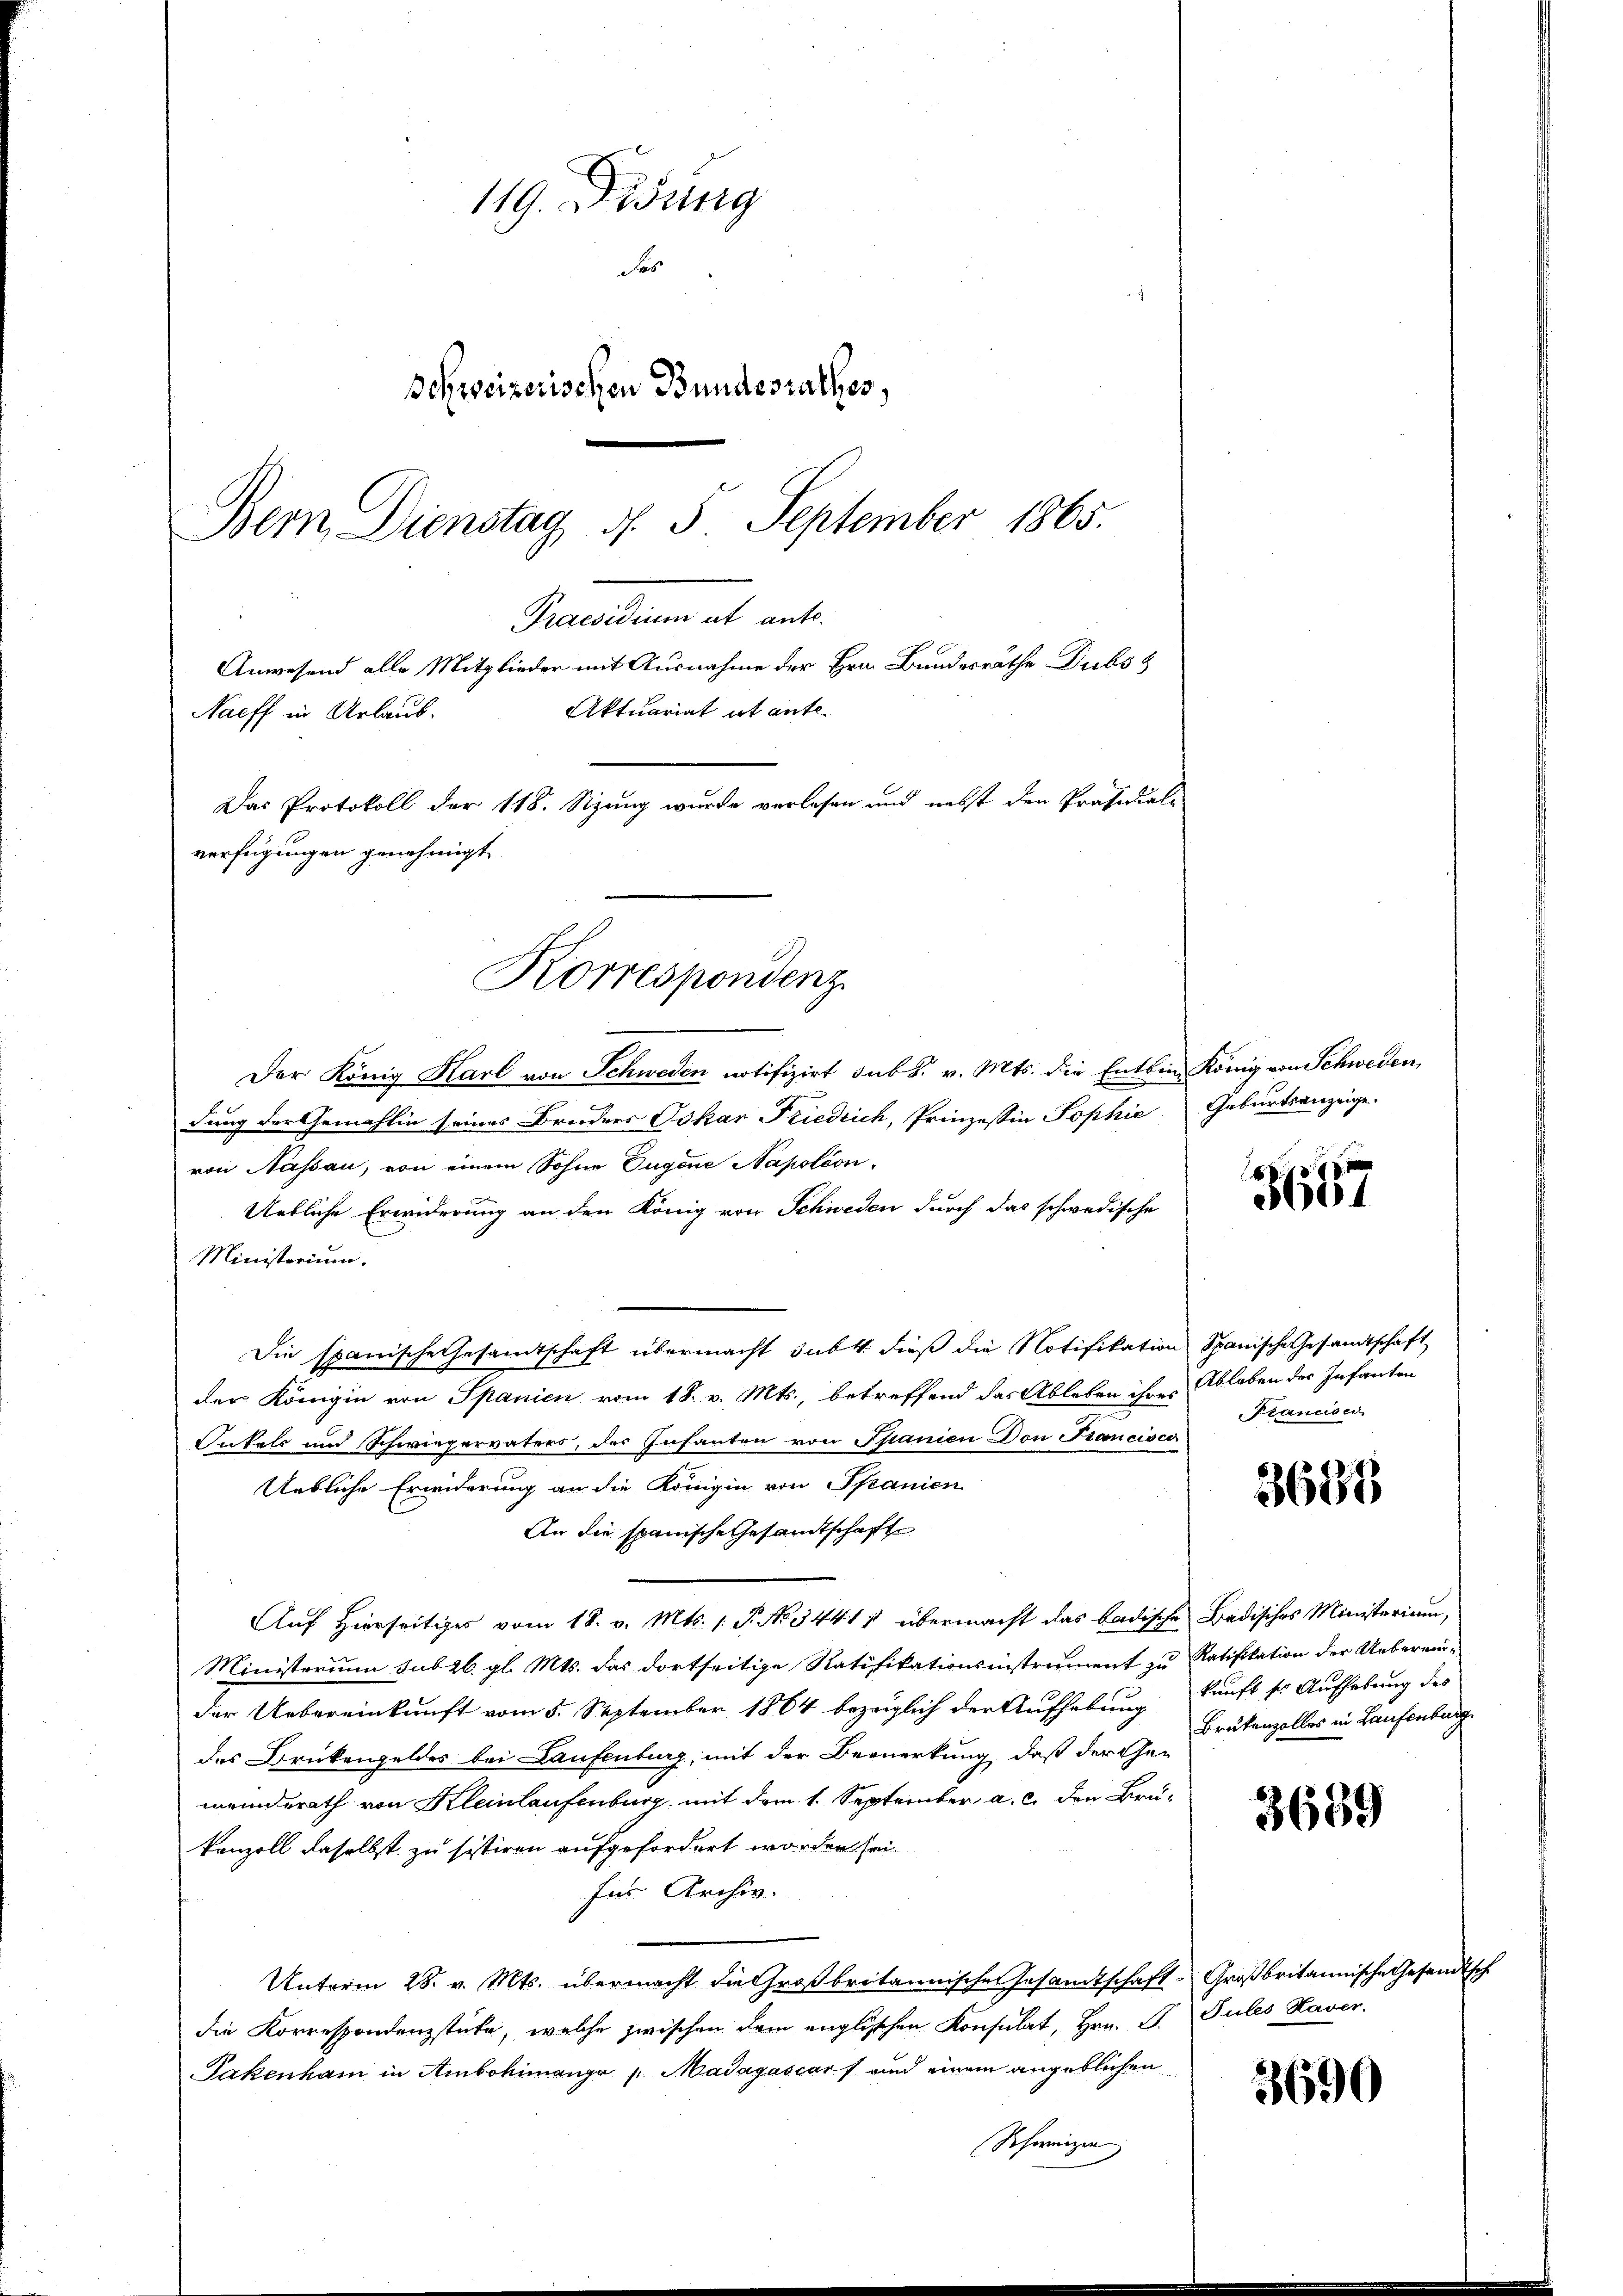
119. Fidung
das
Schweizerischen Bundesrathes,
Bem Dienstag d. 5. September 1865.
Praesidium et ante.
Anwesend alle Mitglieder mit Ausnahme der Hrn. Bundesräthe Dubs 8
Aktuariat it ente
Naeff in Urlaub.
Das Protokoll der 118. Sizung wurde vorlesen und nebst den Präsidial-
verfügungen genehmigt

Korrespondenz

Der König Karl von Schweden notifizirt sub. v. Mts. die Entbin König von Schweden
dung der Gemahlin seines Bruders Oskar Friedrich, Prinzessin Sophie Geburtsanzeige.
von Nassau, von einem Sohne Jugene Napoléon,
Uebliche Erwiderung an den König von Schweden durch das schwedische
Ministerium.
Die spanische Gesandtschaft übermacht subt dieß die Notifikation Spanische Gesandtschaft
der Königin von Spanien vom 18. v. Mts., betreffend das Ableben ihres Ableben des Infanten
Onkels und Schwiegervaters, der Infanten von Spanien Don Francisco
Uebliche Erwiderung an die Königin von Spanien
An die spanische Gesandtschaft
Auf Hierseitiges vom 18. v. Mts. 1. P. No. 34411 übermacht das badische Badisches Ministerium,
Ministerium sub 26. gl. Mts. das dortseitige Ratifikationsinstrument zu Ratifikation der Uebereinder Uebereinkunft vom 5. September 1864 bezeiglich der Aufhebung kunft so Aufhebung des
des Brückengeldes bei Laufenburg, mit der Bemerkung, daß der Gemeinderath von Kleinlaufenburg, mit dem 1. September a. c. den Brü-
kenzoll daselbst zu sistiren aufgefordert worden sei
für Archiv.
Unterm 28. v. Mts. übermacht die Großbritannischen Gesandtschaft-Großbritannische Gesandtsch
die Korrespondenzstücke, welche zwischen dem englischen Konsulat, Hrn. F. Sules Haver
Takenham in Ambohimange   Madagascars und einem angeblichen
Schweizen |

3657

Franciser

3685

Brükenzolles in Laufenburg

3659

3690